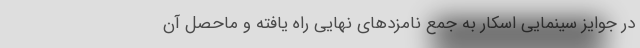
در جوایز سینمایی اسکار به جمع نامزدهای نهایی راه یافته و ماحصل آن